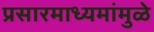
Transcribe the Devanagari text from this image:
प्रसारमाध्यमांमुळे